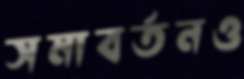
সমাবর্তনও